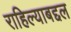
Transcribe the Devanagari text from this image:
राहिल्याबद्दल